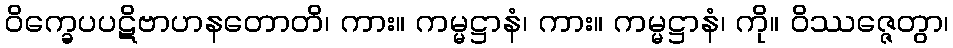
ဝိက္ခေပပဋိဗာဟနတောတိ၊ ကား။ ကမ္မဋ္ဌာနံ၊ ကား။ ကမ္မဋ္ဌာနံ၊ ကို။ ဝိဿဇ္ဇေတွာ၊